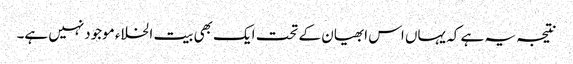
نتیجہ یہ ہے کہ یہاں اس ابھیان کے تحت ایک بھی بیت الخلاء موجودنہیں ہے۔